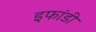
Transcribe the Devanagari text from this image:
इफांडी